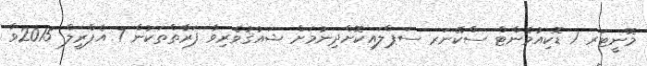
މޮނީޓަރ 1 ޑޮކިއުމެންޓް ސްކޭނަރ ސަޕްލައިކޮށްދިނުމަށް ޝައުޤުވެރިވާ ފަރާތްތަކުން 7 އެޕްރީލް 2015ވާ